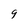
Character: 9